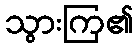
သွားကြ၏